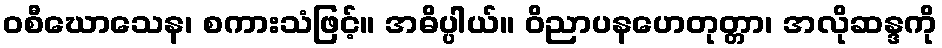
ဝစီဃောသေန၊ စကားသံဖြင့်။ အဓိပ္ပါယ်။ ဝိညာပနဟေတုတ္တာ၊ အလိုဆန္ဒကို